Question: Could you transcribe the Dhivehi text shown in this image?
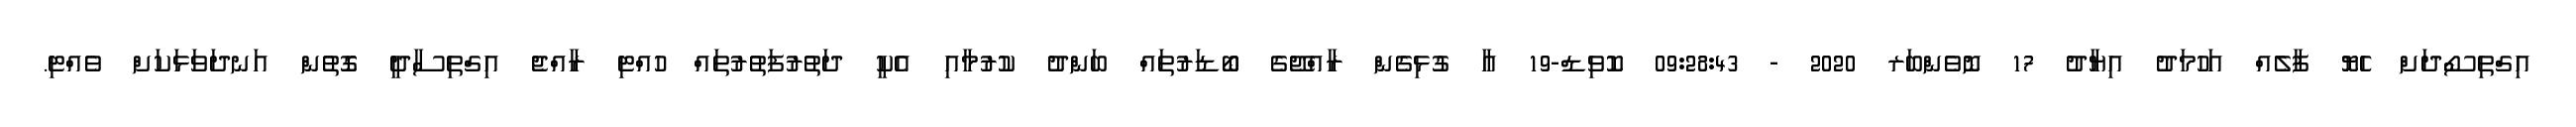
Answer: އިގްތިސޯދަށް ހެޔޮ ފާލެއް އަހުމަދު އިޔާދު 17 ނޮވެންބަރ 2020 - 09:28:43 ކޮވިޑް-19 އާ ގުޅިގެން ރާއްޖޭގެ ބޯޑަރުތައް ބަންދު ކުރުމާއި އެކީ ދަތުރުފަތުރުތައް ހުއްޓި ރާއްޖެ އިގްތިސާދީ ގޮތުން އަނދަވަޅަކަށް ވެއްޓި.